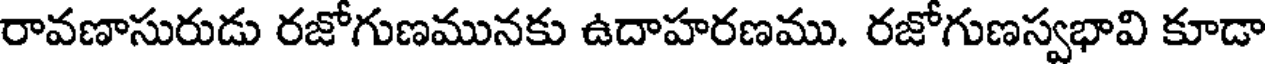
రావణాసురుడు రజోగుణమునకు ఉదాహరణము. రజోగుణస్వభావి కూడా